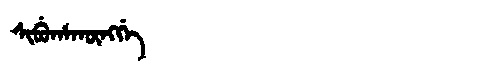
Manchu: ᠰᡳᠪᡠᡥᠠᡴᡡᠩᡤᡝ
Romanization: SIBUHAKŪNGGE